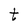
Character: t